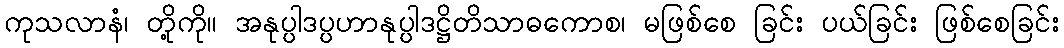
ကုသလာနံ၊ တို့ကို။ အနုပ္ပါဒပ္ပဟာနုပ္ပါဒဋ္ဌိတိသာဓကောစ၊ မဖြစ်စေ ခြင်း ပယ်ခြင်း ဖြစ်စေခြင်း